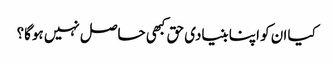
کیا ان کو اپنا بنیادی حق کبھی حاصل نہیں ہوگا؟